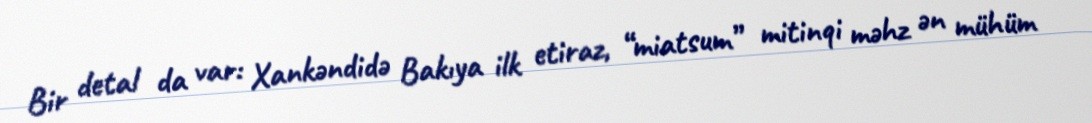
Bir detal da var: Xankəndidə Bakıya ilk etiraz, “miatsum” mitinqi məhz ən mühüm